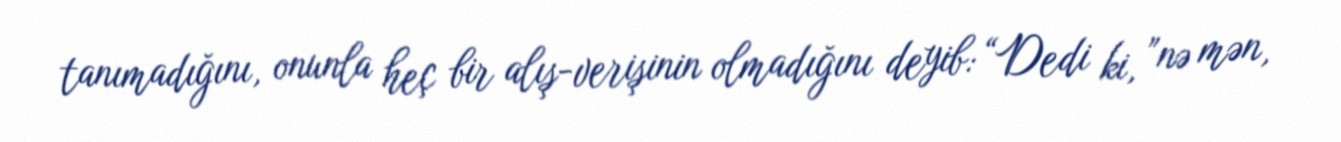
tanımadığını, onunla heç bir alış-verişinin olmadığını deyib: “Dedi ki, ”nə mən,